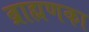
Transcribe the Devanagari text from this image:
ब्राह्मणका